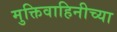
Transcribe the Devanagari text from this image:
मुक्तिवाहिनीच्या